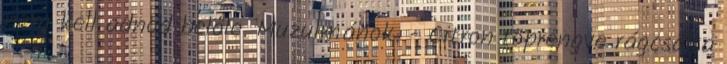
nem kell adnod belőle. Muzulmánok. - Citron töprengve rágcsálta